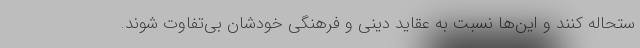
ستحاله کنند و این‌ها نسبت به عقاید دینی و فرهنگی خودشان بی‌تفاوت شوند.